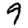
Digit: 9